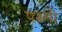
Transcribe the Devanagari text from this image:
पक्ष्मी